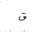
Letter: _qaf